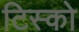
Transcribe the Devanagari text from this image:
टिस्‍को